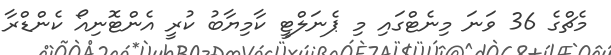
މެޗްގެ 36 ވަނަ މިނެޓްގައި މި ޕެނަލްޓީ ކާމިޔާބު ކުރީ އެންޓޮނިއޯ ކެންޑްރާ